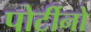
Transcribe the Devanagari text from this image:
पोर्टीनो